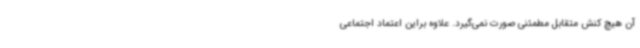
آن هیچ کنش متقابل مطمئنی صورت نمی‌گیرد. علاوه براین اعتماد اجتماعی